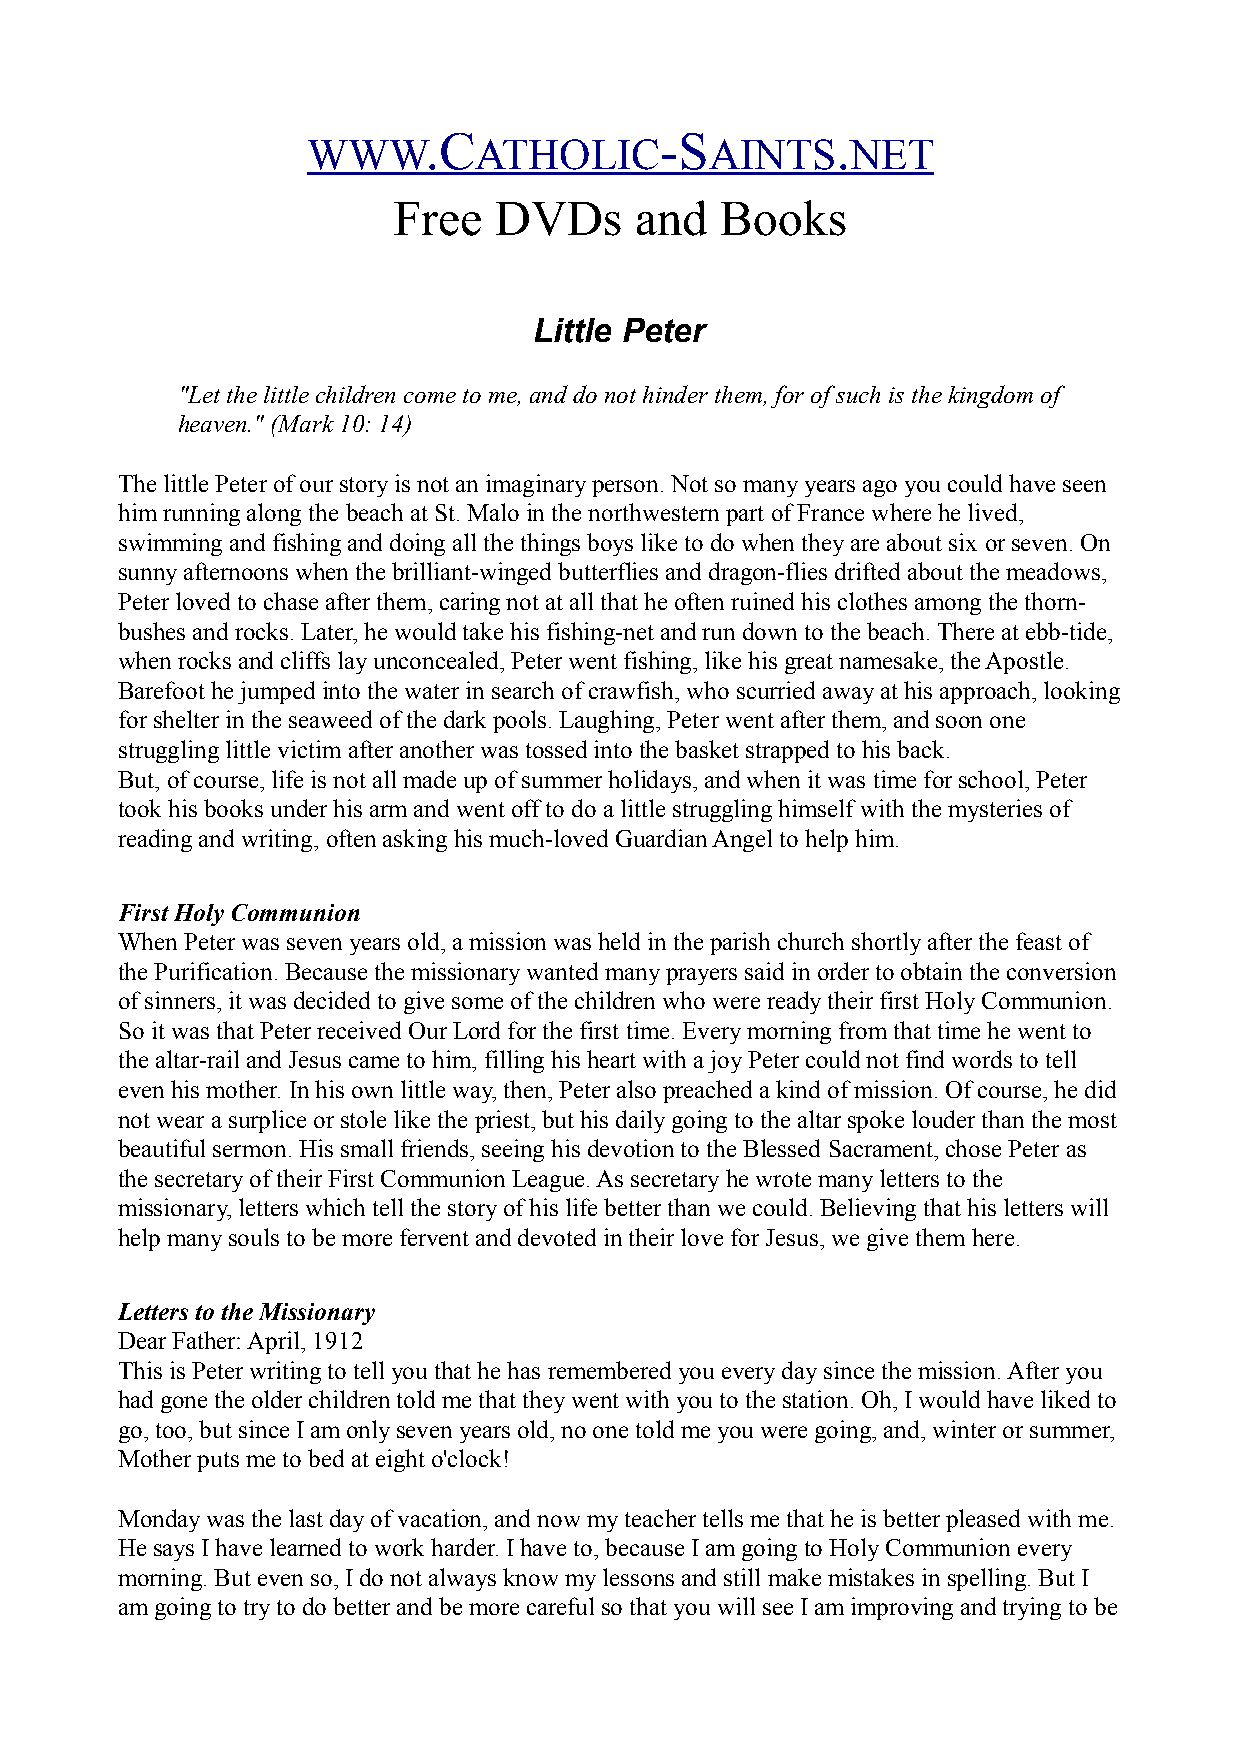
.C              -S         .
 WWW        ATHOLIC         AINTS    NET
 Free   DVDs     and   Books
 Little Peter
 "Let the little children come to me, and do not hinder them, for of such is the kingdom of
 heaven." (Mark 10: 14)
 The little Peter of our story is not an imaginary person. Not so many years ago you could have seen
 him running along the beach at St. Malo in the northwestern part of France where he lived,
 swimming and fishing and doing all the things boys like to do when they are about six or seven. On
 sunny afternoons when the brilliant-winged butterflies and dragon-flies drifted about the meadows,
 Peter loved to chase after them, caring not at all that he often ruined his clothes among the thorn-
 bushes and rocks. Later, he would take his fishing-net and run down to the beach. There at ebb-tide,
 when rocks and cliffs lay unconcealed, Peter went fishing, like his great namesake, the Apostle.
 Barefoot he jumped into the water in search of crawfish, who scurried away at his approach, looking
 for shelter in the seaweed of the dark pools. Laughing, Peter went after them, and soon one
 struggling little victim after another was tossed into the basket strapped to his back.
 But, of course, life is not all made up of summer holidays, and when it was time for school, Peter
 took his books under his arm and went off to do a little struggling himself with the mysteries of
 reading and writing, often asking his much-loved Guardian Angel to help him.
 First Holy Communion
 When Peter was seven years old, a mission was held in the parish church shortly after the feast of
 the Purification. Because the missionary wanted many prayers said in order to obtain the conversion
 of sinners, it was decided to give some of the children who were ready their first Holy Communion.
 So it was that Peter received Our Lord for the first time. Every morning from that time he went to
 the altar-rail and Jesus came to him, filling his heart with a joy Peter could not find words to tell
 even his mother. In his own little way, then, Peter also preached a kind of mission. Of course, he did
 not wear a surplice or stole like the priest, but his daily going to the altar spoke louder than the most
 beautiful sermon. His small friends, seeing his devotion to the Blessed Sacrament, chose Peter as
 the secretary of their First Communion League. As secretary he wrote many letters to the
 missionary, letters which tell the story of his life better than we could. Believing that his letters will
 help many souls to be more fervent and devoted in their love for Jesus, we give them here.
 Letters to the Missionary
 Dear Father: April, 1912
 This is Peter writing to tell you that he has remembered you every day since the mission. After you
 had gone the older children told me that they went with you to the station. Oh, I would have liked to
 go, too, but since I am only seven years old, no one told me you were going, and, winter or summer,
 Mother puts me to bed at eight o'clock!
 Monday was the last day of vacation, and now my teacher tells me that he is better pleased with me.
 He says I have learned to work harder. I have to, because I am going to Holy Communion every
 morning. But even so, I do not always know my lessons and still make mistakes in spelling. But I
 am going to try to do better and be more careful so that you will see I am improving and trying to be